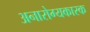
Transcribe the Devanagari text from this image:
अनारोग्यकारक